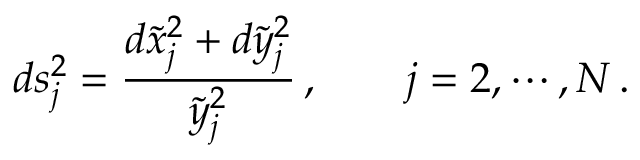
d s _ { j } ^ { 2 } = \frac { d \tilde { x } _ { j } ^ { 2 } + d \tilde { y } _ { j } ^ { 2 } } { \tilde { y } _ { j } ^ { 2 } } \, , \qquad j = 2 , \cdots , N \, .